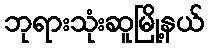
ဘုရားသုံးဆူမြို့နယ်